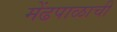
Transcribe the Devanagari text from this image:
मेंढपाळाची